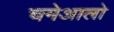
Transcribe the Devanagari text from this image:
चमेआलो